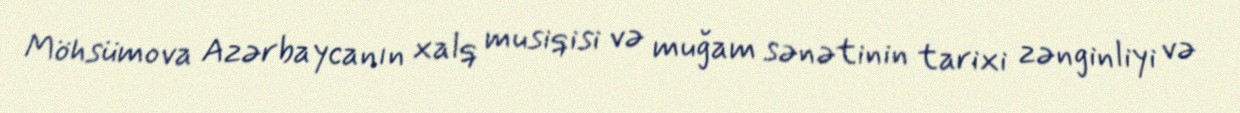
Möhsümova Azərbaycanın xalq musiqisi və muğam sənətinin tarixi zənginliyi və